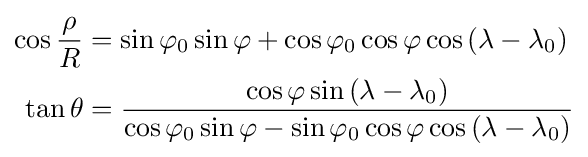
{\begin{aligned}\cos {\frac {\rho }{R}}&=\sin \varphi _{0}\sin \varphi +\cos \varphi _{0}\cos \varphi \cos \left(\lambda -\lambda _{0}\right)\\\tan \theta &={\frac {\cos \varphi \sin \left(\lambda -\lambda _{0}\right)}{\cos \varphi _{0}\sin \varphi -\sin \varphi _{0}\cos \varphi \cos \left(\lambda -\lambda _{0}\right)}}\end{aligned}}